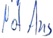
Text: Not Aus